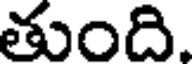
తుంది.